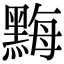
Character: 黣